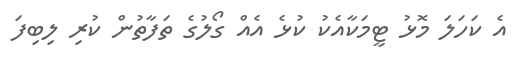
އެ ކަހަލަ މޮޅު ޓީމަކާއެކު ކުޅެ އެއް ގޯލުގެ ތަފާތުން ކުރި ލިބިފަ